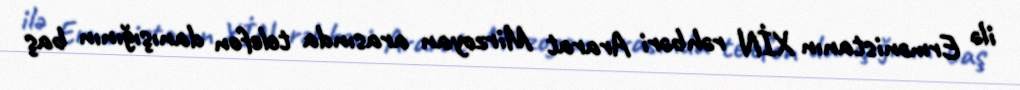
ilə Ermənistanın XİN rəhbəri Ararat Mirzoyan arasında telefon danışığının baş